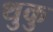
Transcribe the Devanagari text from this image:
थुकु